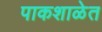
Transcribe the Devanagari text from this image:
पाकशाळेत